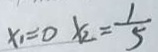
x _ { 1 } = 0 x _ { 2 } = \frac { 1 } { 5 }